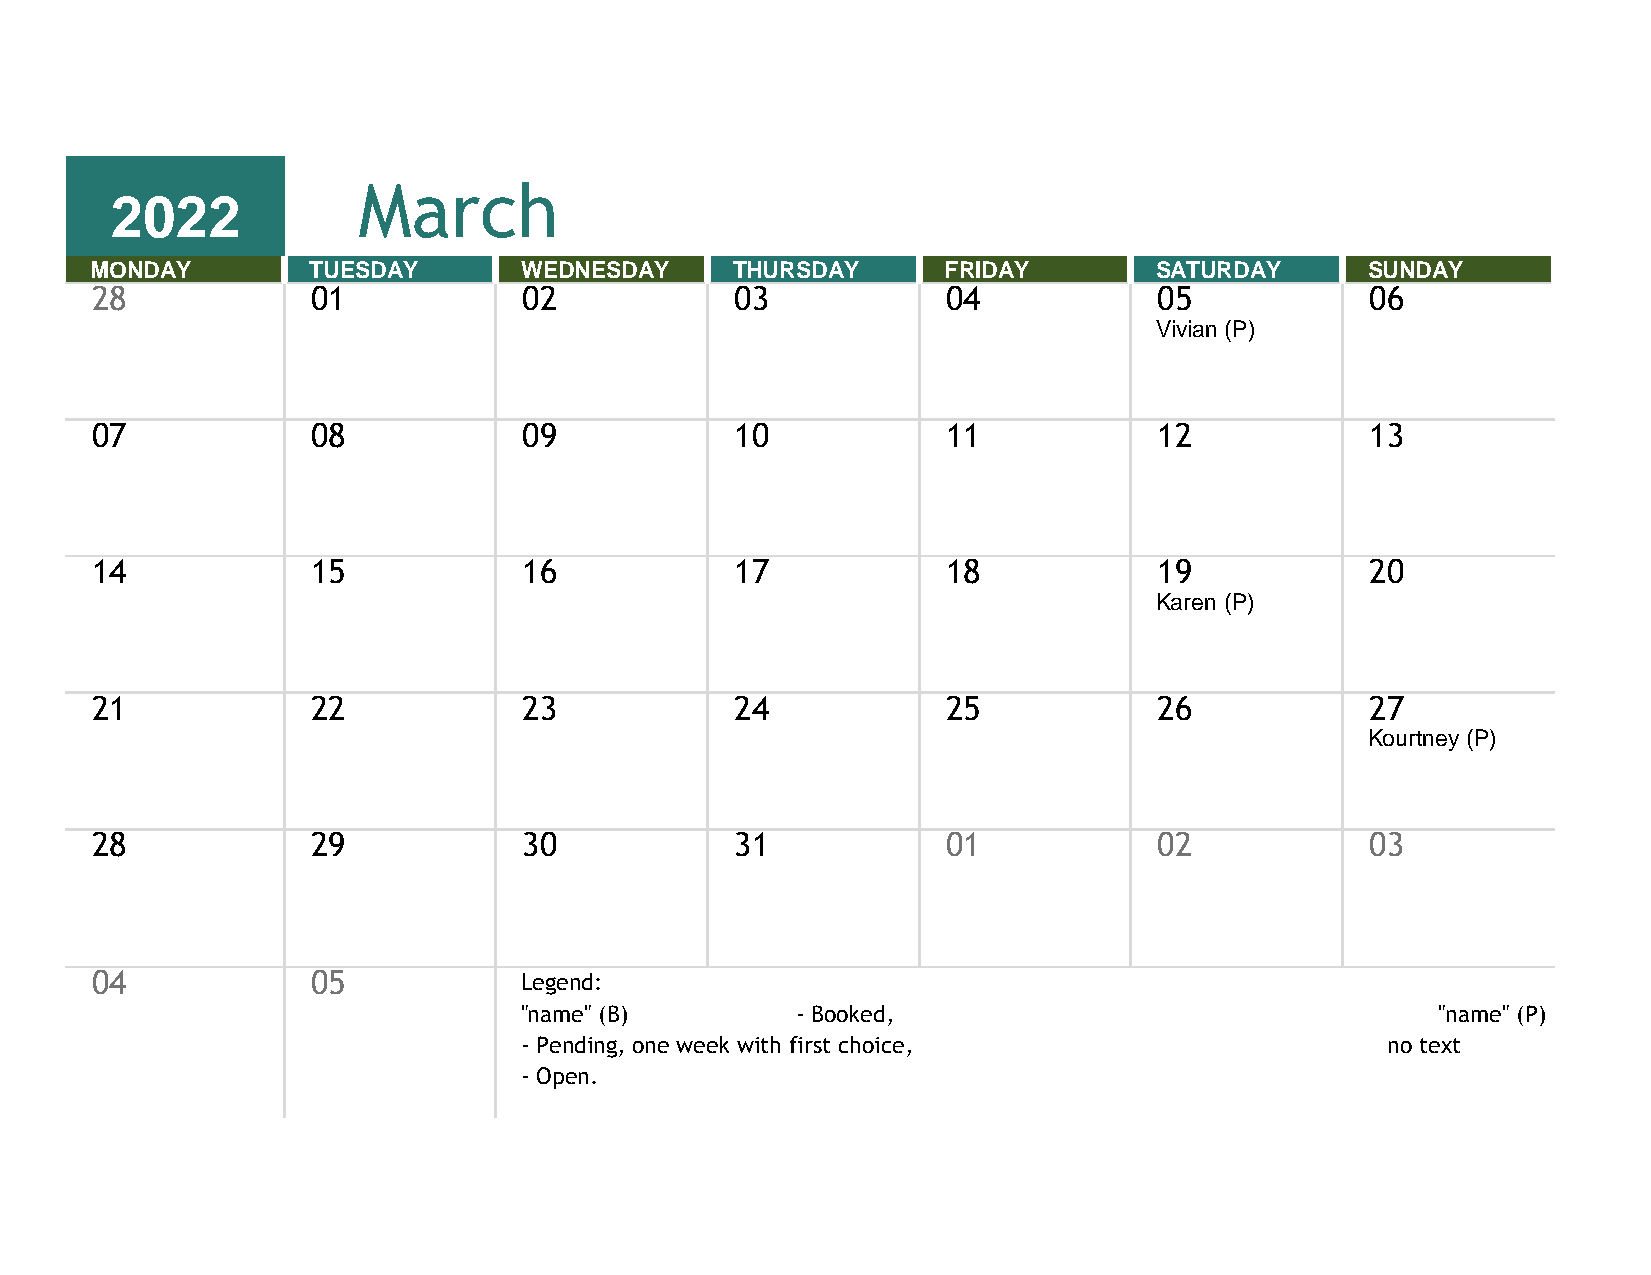
March
 2022
 MONDAY        TUESDAY       WEDNESDAY     THURSDAY      FRIDAY        SATURDAY       SUNDAY
 28             01            02            03            04            05            06
 Vivian (P)
 07             08            09            10            11            12            13
 14             15            16            17            18            19            20
 Karen (P)
 21             22            23            24            25            26            27
 Kourtney (P)
 28             29            30            31            01            02            03
 04             05           Legend:
 "name" (B)         - Booked,                                 "name" (P)
 - Pending, one week with first choice,                    no text
 - Open.